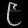
Digit: ၉